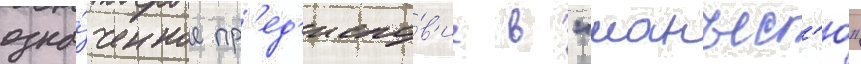
озна́ченное пр'ед'исло́в'ие в "манъес'ю"